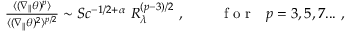
\begin{array} { r } { \frac { \langle ( \nabla _ { \| } \theta ) ^ { p } \rangle } { \langle ( \nabla _ { \| } \theta ) ^ { 2 } \rangle ^ { p / 2 } } \sim S c ^ { - 1 / 2 + \alpha } \ R _ { \lambda } ^ { ( p - 3 ) / 2 } \ , \ \ \ \ \ \ \ \mathrm { ~ f ~ o ~ r ~ } \ \ p = 3 , 5 , 7 . . . \ , } \end{array}